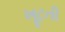
ખૂટતી